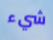
شيء